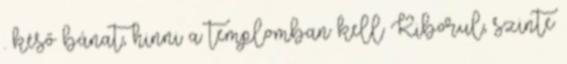
. késő bánat, hinni a templomban kell Kiborul, szinte